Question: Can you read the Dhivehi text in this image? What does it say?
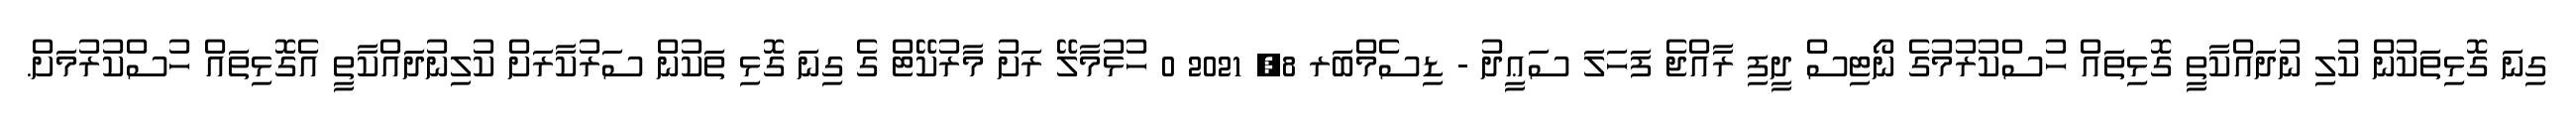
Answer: ގިނަ ގޮޅިތަކުން ކުލި ނުދައްކާތީ ގޮޅިތައް ހުސްކުރުމުގެ ނޯޓިސް ދީފި ރާއްޖެ ފަހަލަ ސަޢީދު - ޑިސެމްބަރ 8, 2021 0 ހުޅުމާލޭ ރަށު މާރުކޭޓް ގެ ގިނަ ގޮޅި ތަކުން ސަރުކާރަށް ކުލިނުދައްކާތީ އެގޮޅިތައް ހުސްކުރުމަށް.